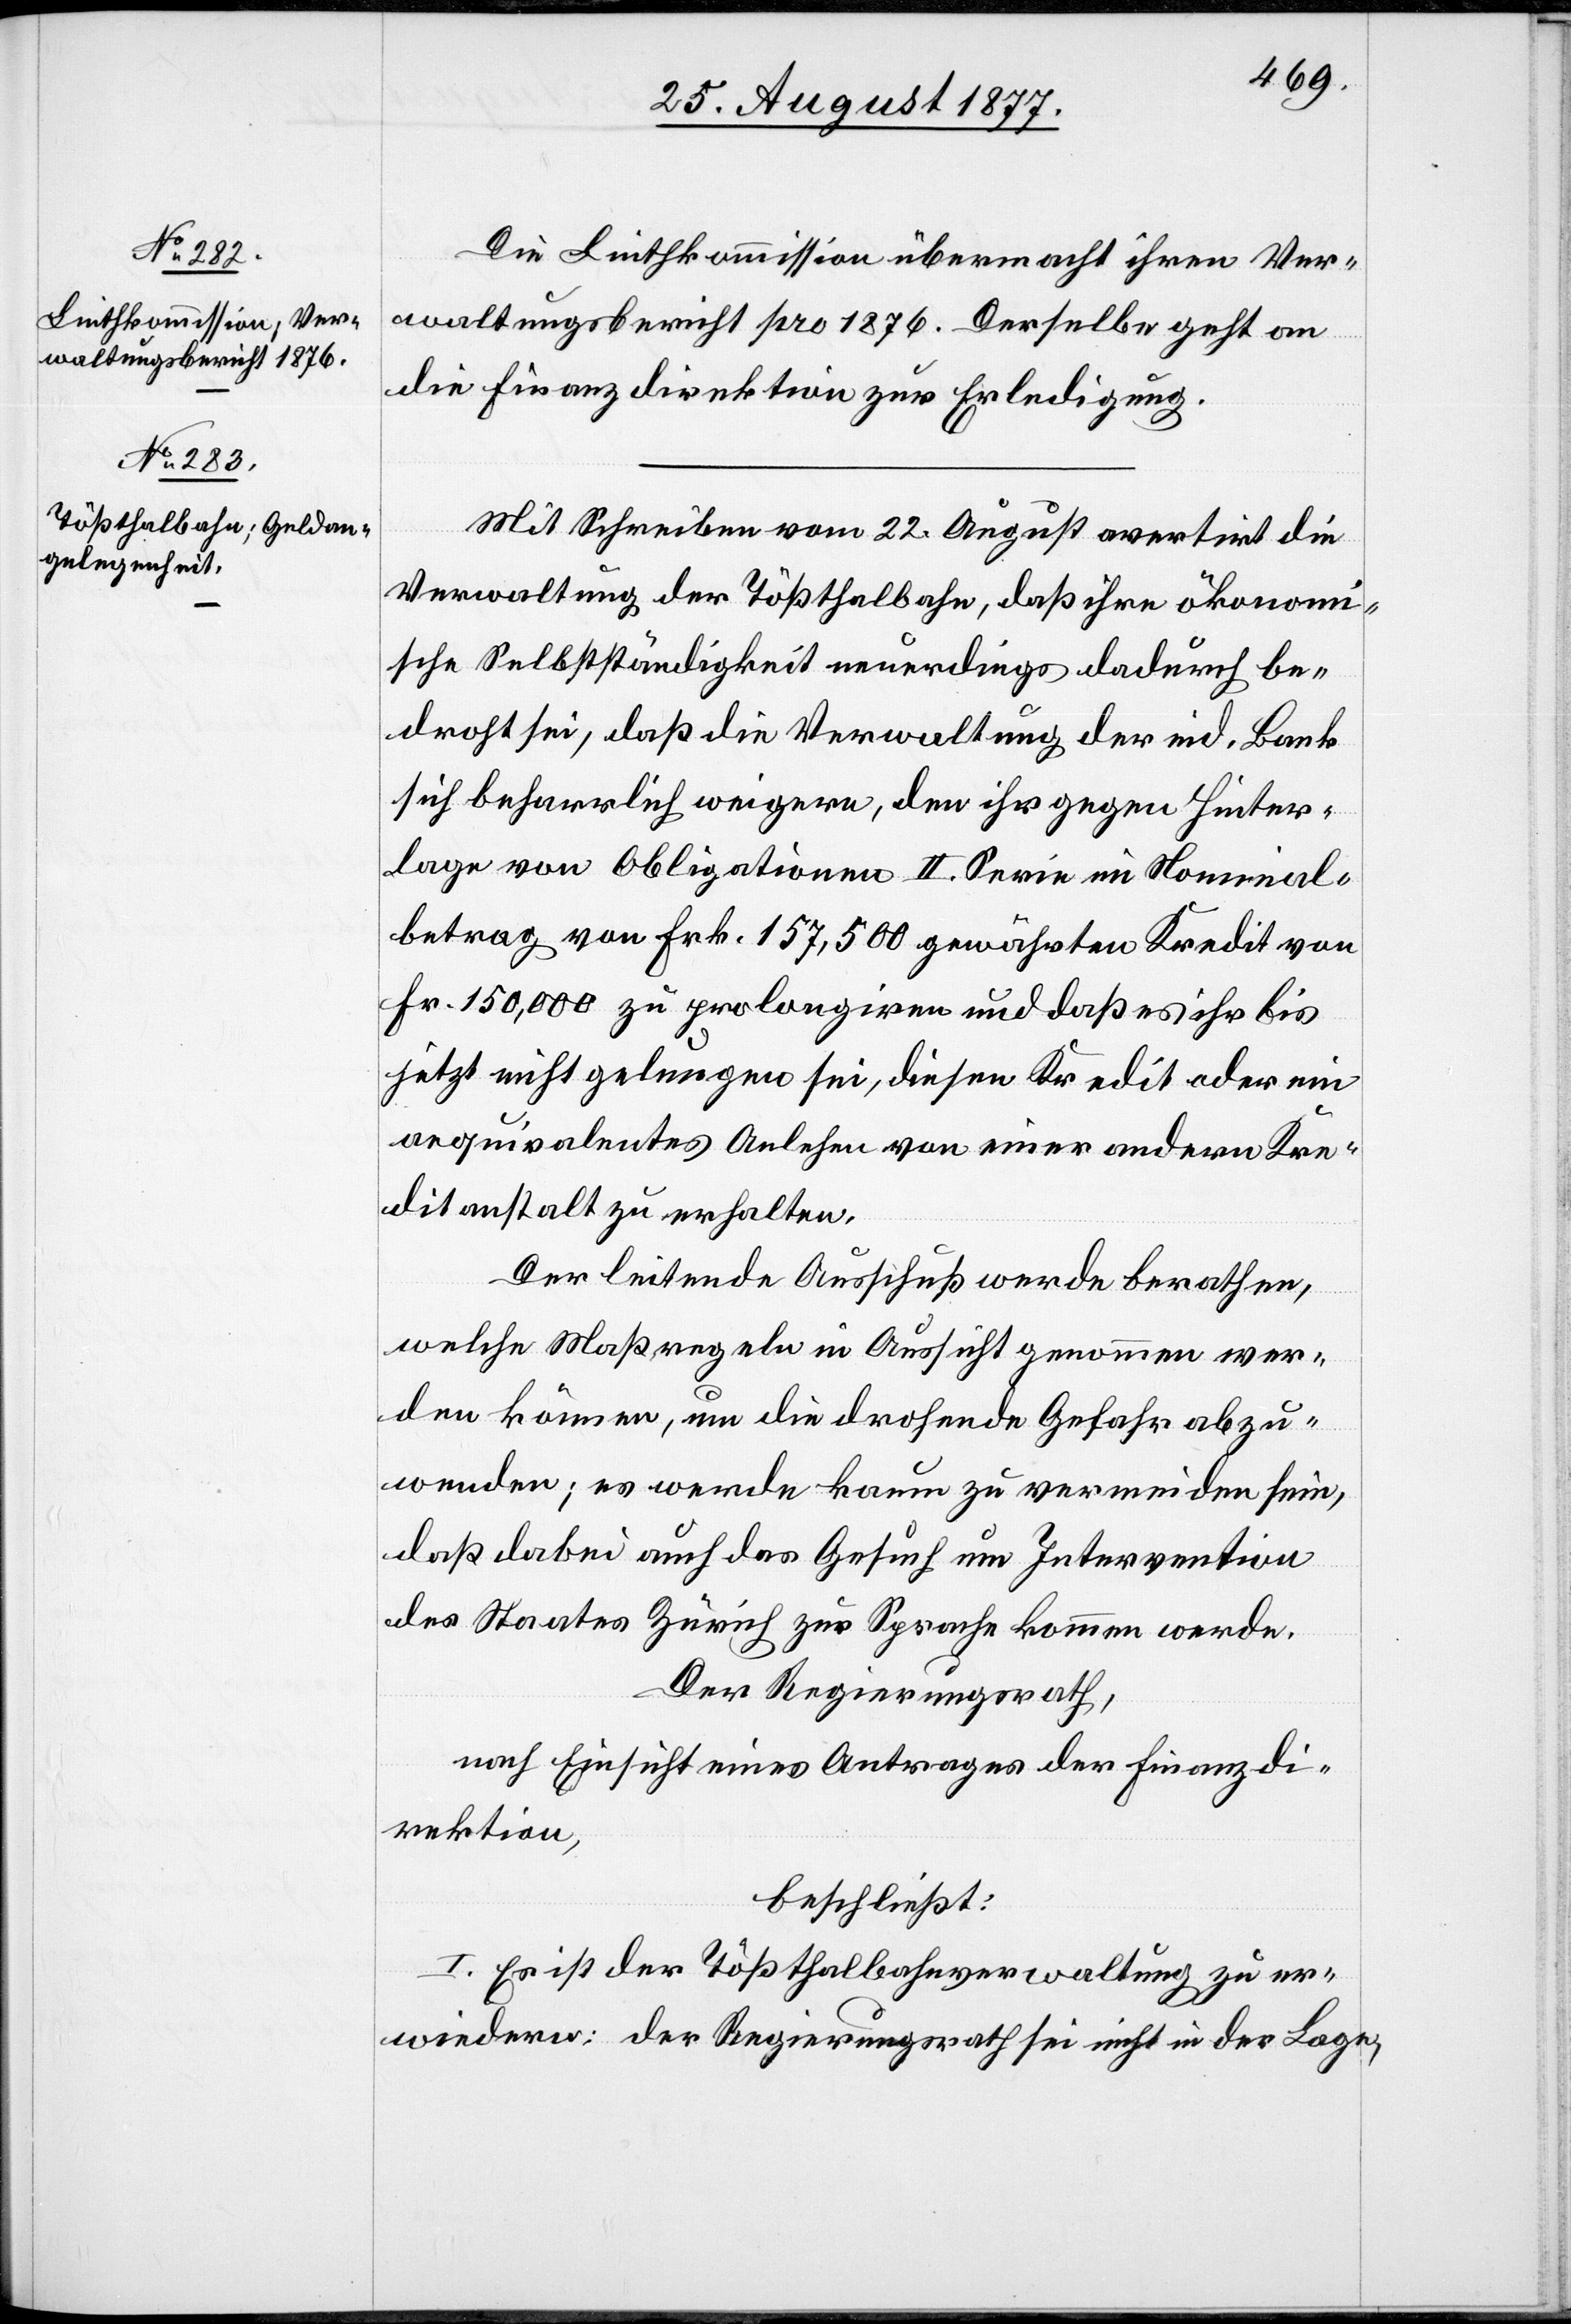
Die Linthkommission übermacht ihren Ver¬
waltungsbericht pro 1876. Derselbe geht an
die Finanzdirektion zur Erledigung.
Mit Schreiben vom 22. August avertirt die
Verwaltung der Tößthalbahn, daß ihre ökonomi¬
sche Selbstständigkeit neuerdings dadurch be¬
droht sei, daß die Verwaltung der eid. Bank
sich beharrlich weigere, den ihr gegen Hinter¬
lage von Obligationen II. Serie im Nominal¬
betrag von Frk. 157,500 gewährten Kredit von
Fr. 150,000 zu prolongiren und daß es ihr bis
jetzt nicht gelungen sei, diesen Kredit oder ein
aequivalentes Anlehen von einer andern Kre¬
ditanstalt zu erhalten.
Der leitende Ausschuß werde berathen,
welche Maßregeln in Aussicht genommen wer¬
den können, um die drohende Gefahr abzu¬
wenden; es werde kaum zu vermeiden sein,
daß dabei auch das Gesuch um Intervention
des Staates Zürich zur Sprache kommen werde.
Der Regierungsrath,
nach Einsicht eines Antrages der Finanzdi¬
rektion,
beschließt:
I. Es ist der Tößthalbahnverwaltung zu er¬
wiedern: der Regierungsrath sei nicht in der Lage,